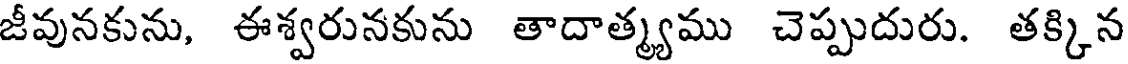
జీవునకును, ఈశ్వరునకును తాదాత్మ్యము చెప్పుదురు. తక్కిన